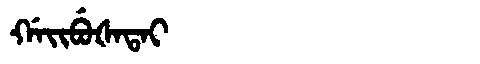
Manchu: ᡤᠠᡳᠪᡠᡧᠠᡨᠠᡳ
Romanization: GAIBUŠATAI